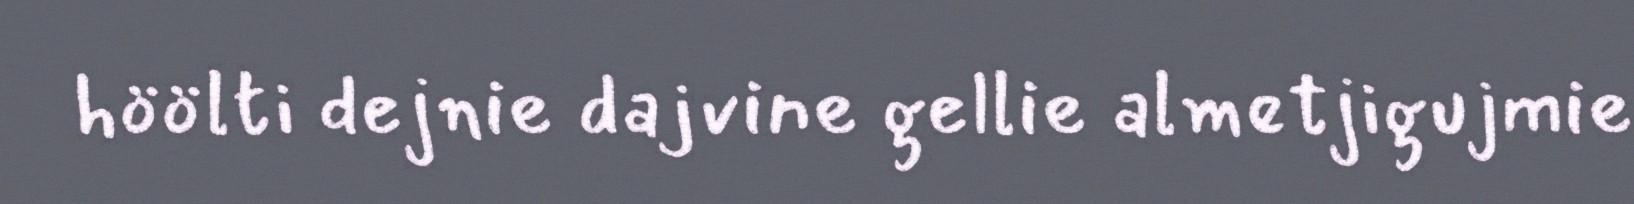
höölti dejnie dajvine gellie almetjigujmie